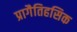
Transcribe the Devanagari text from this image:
प्रागैतिहसिक